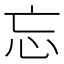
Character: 忘